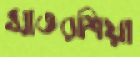
সাতরশিয়া